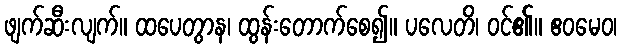
ဖျက်ဆီးလျက်။ ထပေတွာန၊ ထွန်းတောက်စေ၍။ ပလေတိ၊ ဝင်၏။ ဧဝမေဝ၊